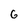
Character: G